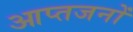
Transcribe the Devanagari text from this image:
आप्तजनों